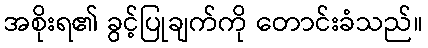
အစိုးရ၏ ခွင့်ပြုချက်ကို တောင်းခံသည်။